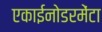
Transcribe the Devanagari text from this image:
एकाईनोडरमेंटा